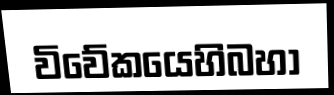
විවේකයෙහිබහා